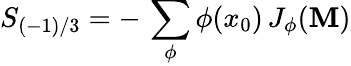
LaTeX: S_{(-1)/3}=-\, \sum_{\phi}\phi(x_{0})\, J_{\phi}({\cal\mathbf{M}})